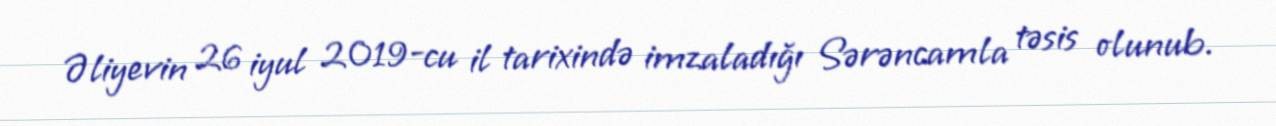
Əliyevin 26 iyul 2019-cu il tarixində imzaladığı Sərəncamla təsis olunub.